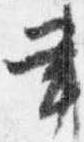
書